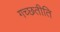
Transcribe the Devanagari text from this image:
गच्छतीति